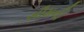
સીમની